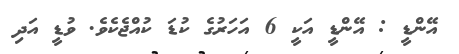
އޭންޑީ : އޭންޑީ އަކީ 6 އަހަރުގެ ކުޑަ ކުއްޖެކެވެ. ވުޑީ އަދި